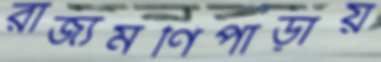
রাজ্যমণিপাড়ায়